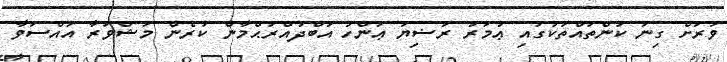
ވަރަށް ގިނަ ކަންތައްތަކުގައި ޢުމަރު ރަޟިޔަ ޢަންހު އަބްދުއްރަޙްމާން ކުރެން މަޝްވަރާ އައްސަވާ